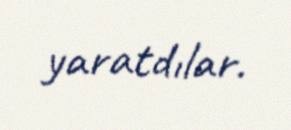
yaratdılar.